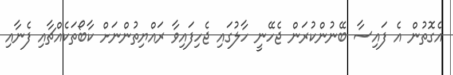
އެގޮތުން އެ ފައިސާ ބޭނުންކުރަން ޖެހޭނީ ހާލުގައި ޖެހިފައިވާ ރައްޔިތުންނަށް ކާބޯތަކެއްޗާއި ފެނާއި